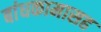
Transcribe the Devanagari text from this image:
बांधकामासह